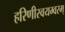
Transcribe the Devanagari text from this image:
हरिणीस्वयम्वरम्